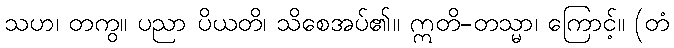
သဟ၊ တကွ။ ပညာ ပိယတိ၊ သိစေအပ်၏။ ဣတိ-တသ္မာ၊ ကြောင့်။ (တံ